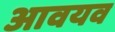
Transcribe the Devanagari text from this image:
आवयव